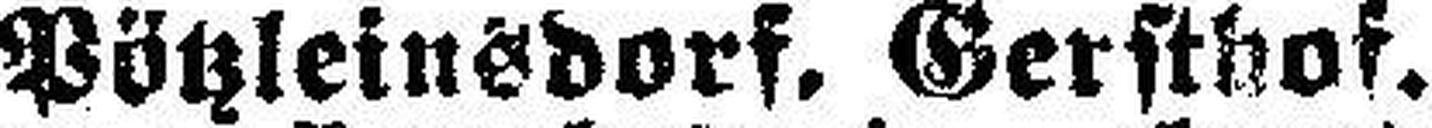
Pötzleinsdorf. Gersthof.